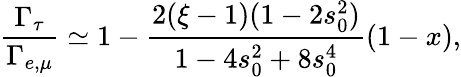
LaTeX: {\frac{\Gamma_{\tau}}{\Gamma_{e,\mu}}}\simeq 1-{\frac{2(\xi-1)(1-2s_{0}^{2})}{1-4s_{0}^{2}+8s_{0}^{4}}}(1-x),